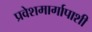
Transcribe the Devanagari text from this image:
प्रवेशमार्गापाशी